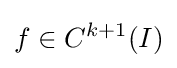
f\in C^{k+1}(I)